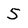
Character: 5